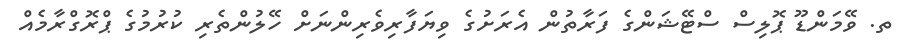
ތ. ވޭމަންޑޫ ޕޮލިސް ސްޓޭޝަންގެ ފަރާތުން އެރަށުގެ ވިޔަފާރިވެރިންނަށް ހޭލުންތެރި ކުރުމުގެ ޕްރޮގްރާމެއް